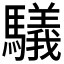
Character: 𲌃